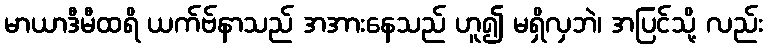
မာယာဒီမီထရိ ယက်ဗ်နာသည် အအားနေသည် ဟူ၍ မရှိလှဘဲ၊ အပြင်သို့ လည်း